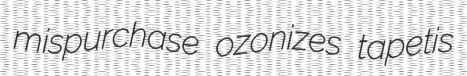
mispurchase ozonizes tapetis